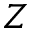
Z